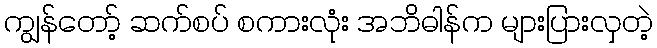
ကျွန်တော့် ဆက်စပ် စကားလုံး အဘိဓါန်က များပြားလှတဲ့